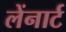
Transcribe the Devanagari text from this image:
लेंनार्ट